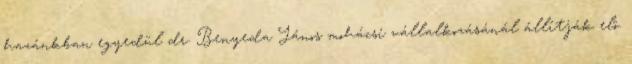
hazánkban egyedül dr. Benyeda János mohácsi vállalkozásánál állítják elô.